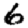
Digit: 6